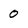
Character: 0